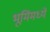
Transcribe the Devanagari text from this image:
भूमिंमध्ये